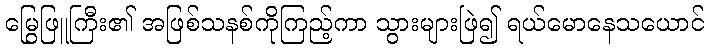
မြွေဖြူကြီး၏ အဖြစ်သနစ်ကိုကြည့်ကာ သွားများဖြဲ၍ ရယ်မောနေသယောင်